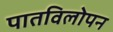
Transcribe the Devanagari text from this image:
पातविलोपन